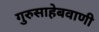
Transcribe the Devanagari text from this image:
गुरुसाहेबवाणी